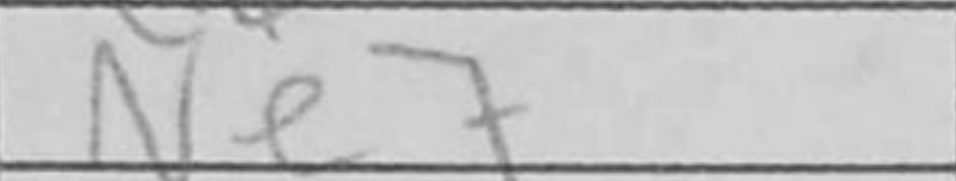
Transcription: Ne7